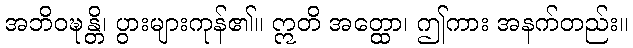
အဘိဝဍ္ဎန္တိ၊ ပွားများကုန်၏။ ဣတိ အတ္ထော၊ ဤကား အနက်တည်း။